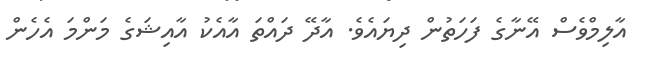
އާލިމްވެސް އޭނާގެ ފަހަތުން ދިޔައެވެ. އާދޭ ދައްތަ އާއެކު އާއިޝަގެ މަންމަ އެހެން